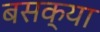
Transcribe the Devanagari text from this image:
बसक्या